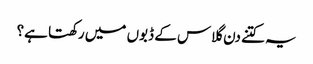
یہ کتنے دن گلاس کے ڈبوں میں رکھتا ہے؟